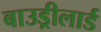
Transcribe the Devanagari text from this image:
बाउड्रीलार्ड